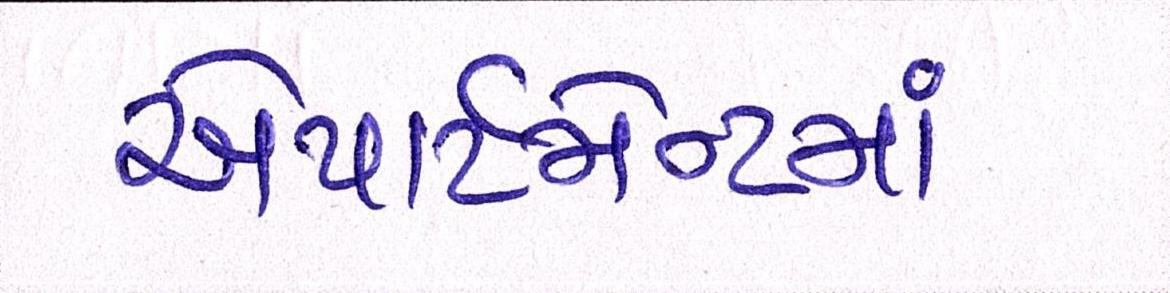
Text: એપાર્ટમેન્ટમાં